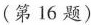
(第16题)